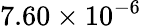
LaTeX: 7.60\times 10^{-6}